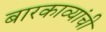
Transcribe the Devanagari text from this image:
बारकाव्यांची